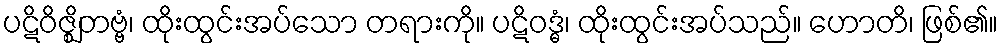
ပဋိဝိဇ္ဈိတဗ္ဗံ၊ ထိုးထွင်းအပ်သော တရားကို။ ပဋိဝဒ္ဓံ၊ ထိုးထွင်းအပ်သည်။ ဟောတိ၊ ဖြစ်၏။